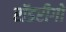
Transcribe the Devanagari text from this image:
रॉडरीगो